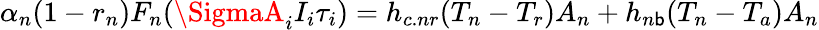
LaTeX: \alpha_{n}(1-r_{n})F_{n}(\SigmaA_{i}I_{i}\tau_{i})=h_{c.nr}(T_{n}-T_{r})A_{n}+h_{n\mathsf{b}}(T_{n}-T_{a})A_{n}